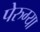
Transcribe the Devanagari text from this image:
पेरुग्या